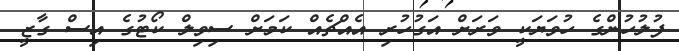
ފުލުހުންގެ ހުވަޔަކީ ވަރަށް އަގުހުރި އެއްޗެއް ކަމަށް ސިވިލް ކޯޓުގެ އިސް ގާޒީ